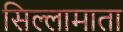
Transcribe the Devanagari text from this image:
सिल्लामाता